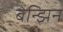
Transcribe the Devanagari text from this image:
बेन्झिन